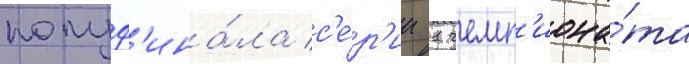
полуф'ина́ла с'е́р'ии 1 чемп'иона́та